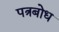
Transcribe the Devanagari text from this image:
पत्रबोध